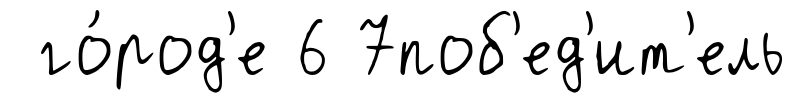
го́род'е 6 7поб'ед'ит'ель